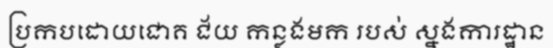
ប្រកបដោយជោគ ជ័យ កន្លងមក របស់ ស្នងការដ្ឋាន